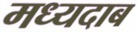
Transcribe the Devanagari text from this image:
मध्यदाब